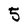
Character: 5